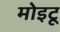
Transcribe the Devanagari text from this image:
मोइटू